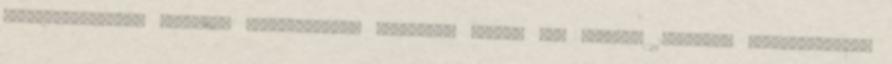
támadólepattanót szedett. Válogatottunk szombaton magyar idő szerint 10:30-kor Nagy-Britannia